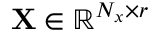
\mathbf { X } \in \mathbb { R } ^ { N _ { x } \times r }